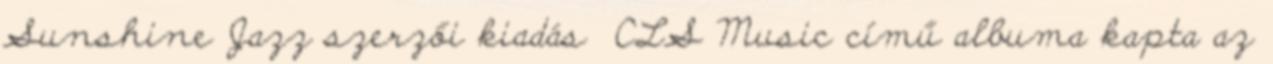
Sunshine Jazz szerzői kiadás CLS Music című albuma kapta az